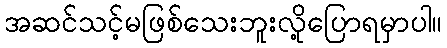
အဆင်သင့်မဖြစ်သေးဘူးလို့ပြောရမှာပါ။